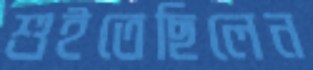
শুইতেছিলেন